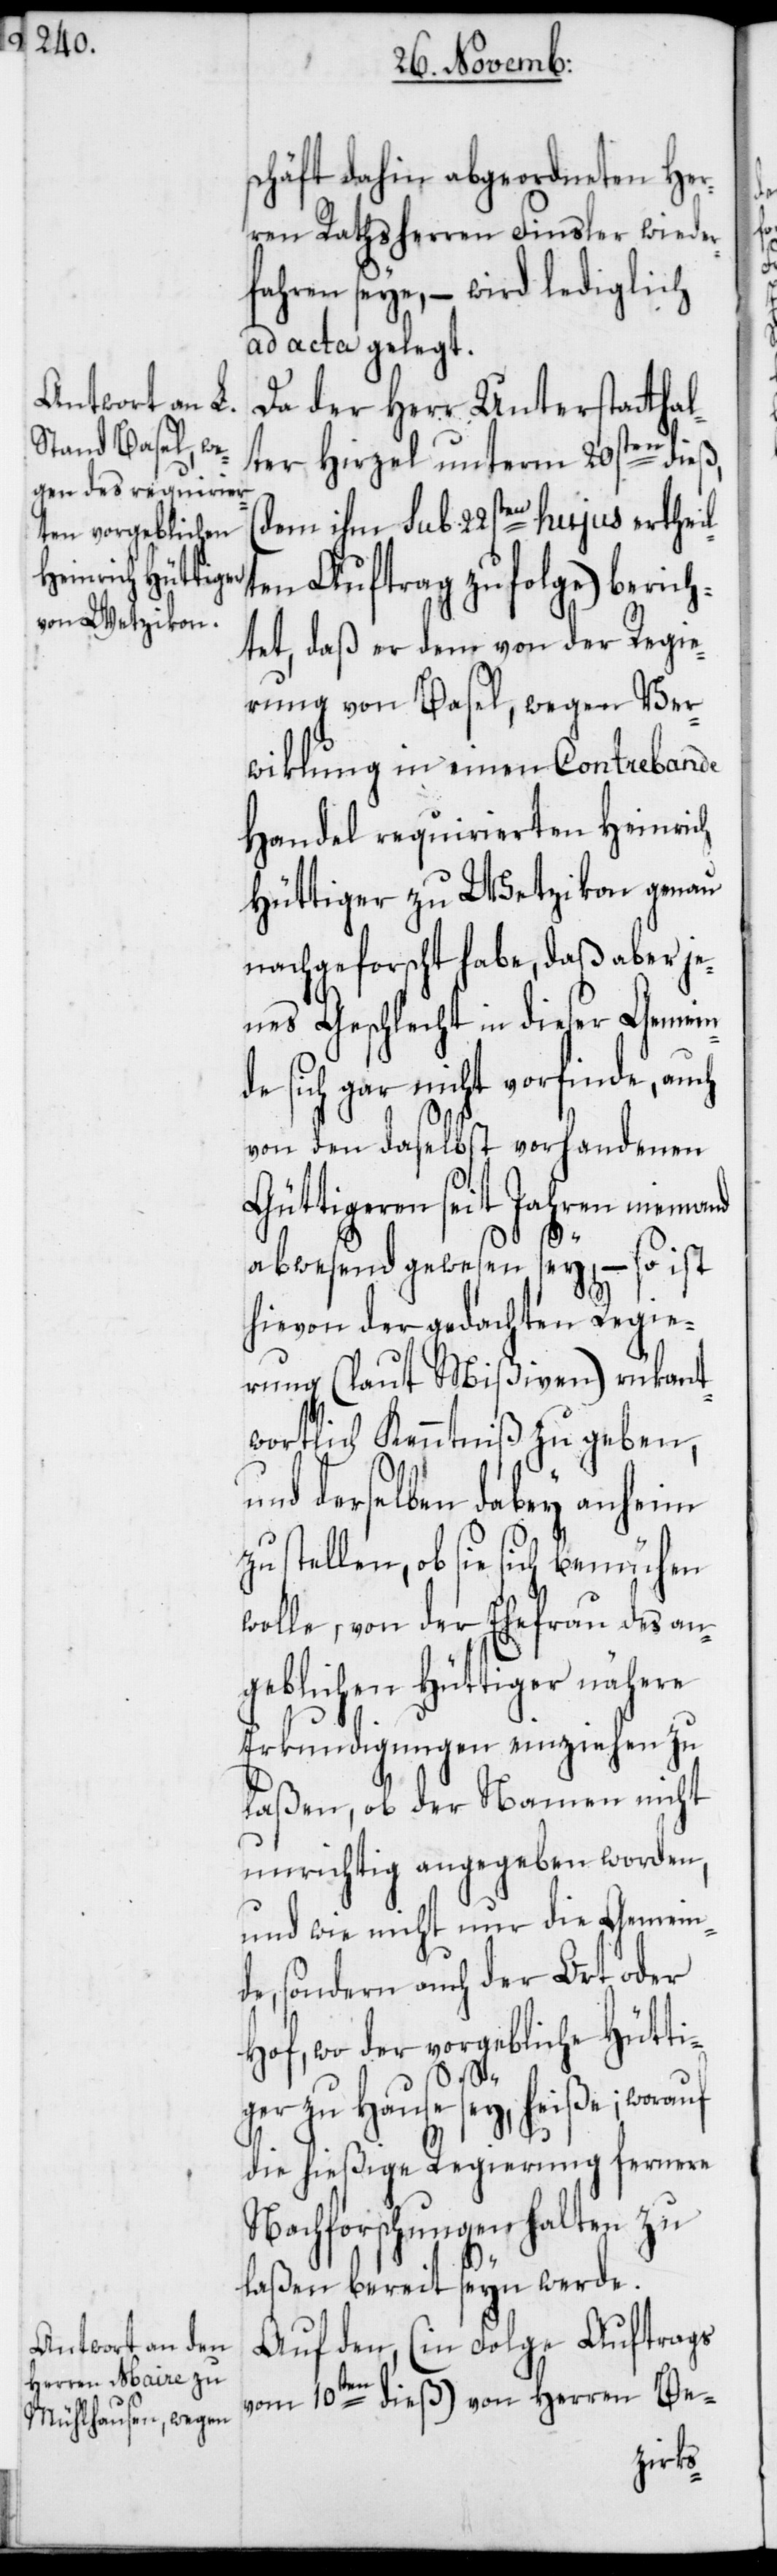
der vorgebliche

schäft dahin abgeordneten Her¬
ren Rathsherren Finsler wieder¬
fahren seye, – wird lediglich
ad acta gelegt.
Da der Herr Unterstatthal¬
ter Hirzel unterm 20sten dieß,
(dem ihm sub 22sten hujus ertheil¬
ten Auftrag zufolge) berich¬
tet, daß er dem von der Regie¬
rung von Basel, wegen Ver¬
wiklung in einen Contrebande
Handel requirierten Heinrich
Hüttiger zu Wetzikon genau
nachgeforscht habe, daß aber je¬
nes Geschlecht in dieser Gemein¬
de sich gar nicht vorfinde, auch
von den daselbst vorhandenen
Güttigeren seit Jahren niemand
abwesend gewesen sey, – so ist
hievon der gedachten Regie¬
rung (laut Mißiven) rükant¬
wortlich Kenntniß zu geben,
und derselben dabey anheim
zu stellen, ob sie sich bemühen
wolle, von der Ehefrau des an¬
geblichen Hüttiger nähere
Erkundigungen einziehen zu
laßen, ob der Namen nicht
unrichtig angegeben worden,
und wie nicht nur die Gemein¬
de, sondern auch der Ort oder
Hütti¬
ger zu Hause sey, heiße; worauf
die hießige Regierung fernere
Nachforschungen halten zu
laßen bereit seyn werde.
Auf den, (in Folge Auftrags
vom 10ten dieß) von Herren Be-